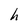
Character: h